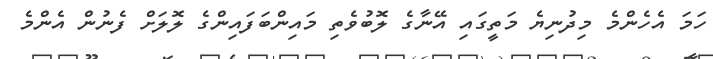
ހަމަ އެހެންމެ މިދުނިޔެ މަތީގައި އޭނާގެ ލޮބުވެތި މައިންބަފައިންގެ ލޮލަށް ފެނުން އެންމެ